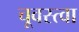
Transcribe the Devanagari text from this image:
चूवस्त्वा